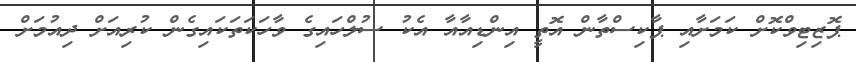
ޕޮޒިޓިވްކޮށް ކަމަށާއި ޕާކިސްތާން އޮތީ އިންޑިއާއާ އެކު ސުލްހައިގެ ވާހަކަތަކައިގެން ކުރިއަށް ދިއުމަށް